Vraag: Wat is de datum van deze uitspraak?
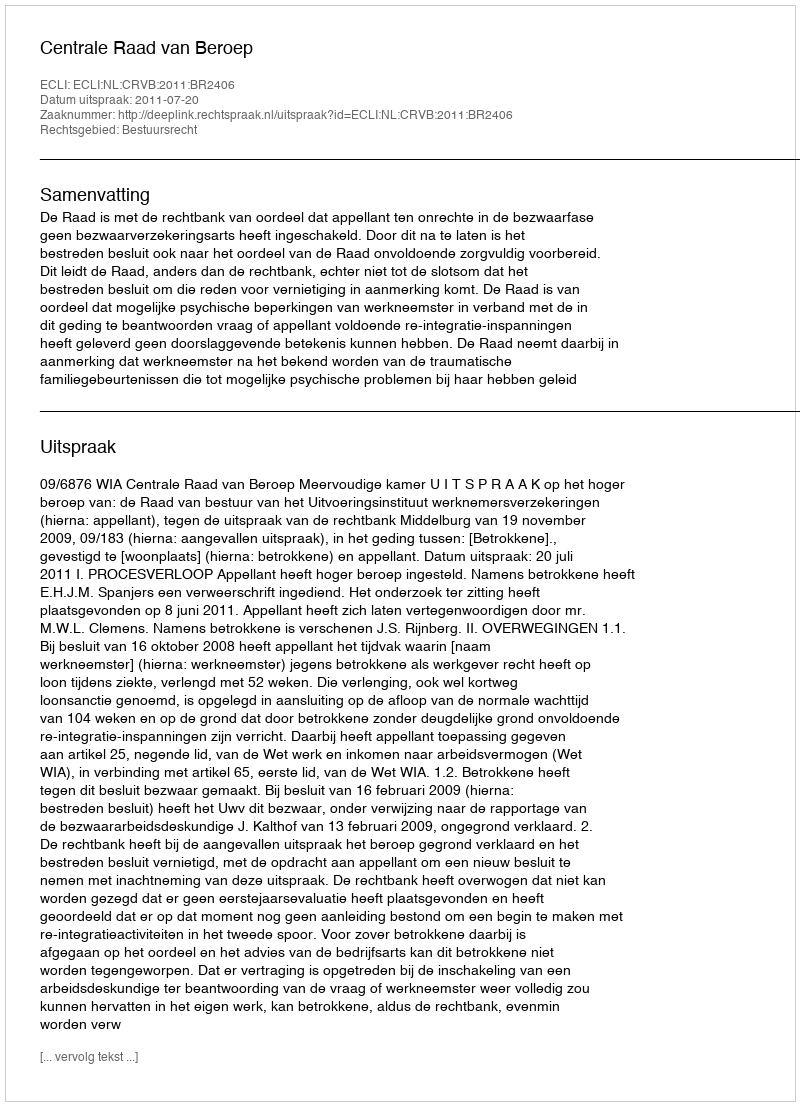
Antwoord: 2011-07-20